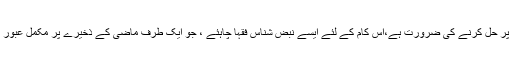
ان نوازل و حوادث کو اباحیت اور جمود سے بچتے ہوئے تیسیر اور احتیاط کی بنیادوں پر حل کرنے کی ضرورت ہے،اس کام کے لئے ایسے نبض شناس فقہا چاہئے ، جو ایک طرف ماضی کے ذخیرے پر مکمل عبور رکھتے ہوں،دوسری طرف حال کی تبدیلیوں اور تقاضوں کا کامل ادراک رکھتے ہوں ۔